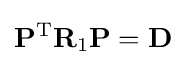
\mathbf {P} ^{\mathrm {T} }\mathbf {R} _{1}\mathbf {P} =\mathbf {D}